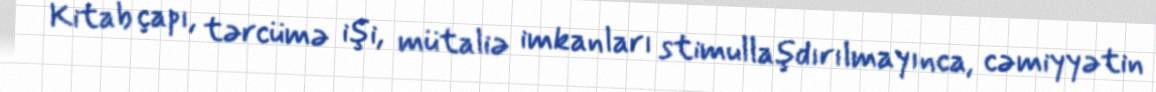
Kitab çapı, tərcümə işi, mütaliə imkanları stimullaşdırılmayınca, cəmiyyətin